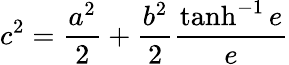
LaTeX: c^{2}=\frac{a^{2}}2+\frac{b^{2}}2\frac{\operatorname{tanh}^{-1}e}e